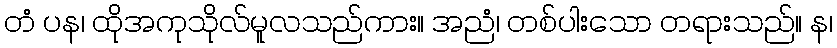
တံ ပန၊ ထိုအကုသိုလ်မူလသည်ကား။ အညံ၊ တစ်ပါးသော တရားသည်။ န၊